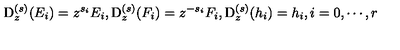
\mathrm { D } _ { z } ^ { ( s ) } ( E _ { i } ) = z ^ { s _ { i } } E _ { i } , \mathrm { D } _ { z } ^ { ( s ) } ( F _ { i } ) = z ^ { - s _ { i } } F _ { i } , \mathrm { D } _ { z } ^ { ( s ) } ( h _ { i } ) = h _ { i } , i = 0 , \cdots , r